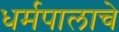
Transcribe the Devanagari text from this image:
धर्मपालाचे